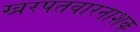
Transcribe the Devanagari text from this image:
खरपतवारनाशक